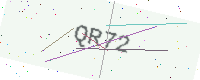
Text: QR72